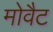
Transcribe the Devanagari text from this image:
मोवैट